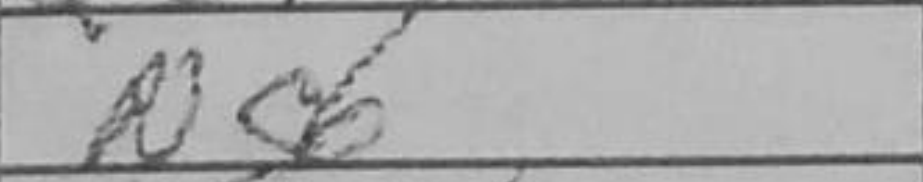
Transcription: Nc6